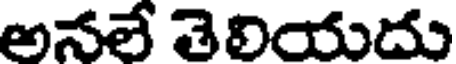
అనలే తెలియదు